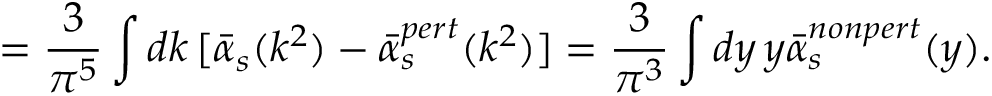
= \frac { 3 } { \pi ^ { 5 } } \int d k \, [ \bar { \alpha } _ { s } ( k ^ { 2 } ) - \bar { \alpha } _ { s } ^ { p e r t } ( k ^ { 2 } ) ] = \frac { 3 } { \pi ^ { 3 } } \int d y \, y \bar { \alpha } _ { s } ^ { n o n p e r t } ( y ) .